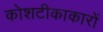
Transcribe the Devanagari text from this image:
कोशटीकाकारों